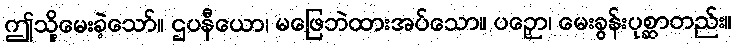
ဤသို့မေးခဲ့သော်။ ဌပနီယော၊ မဖြေဘဲထားအပ်သော။ ပဉှော၊ မေးခွန်းပုစ္ဆာတည်း။